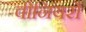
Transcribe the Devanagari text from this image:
वीनियरों